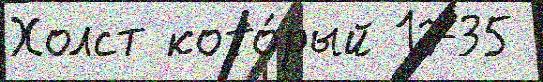
Холст кото́рый 1735